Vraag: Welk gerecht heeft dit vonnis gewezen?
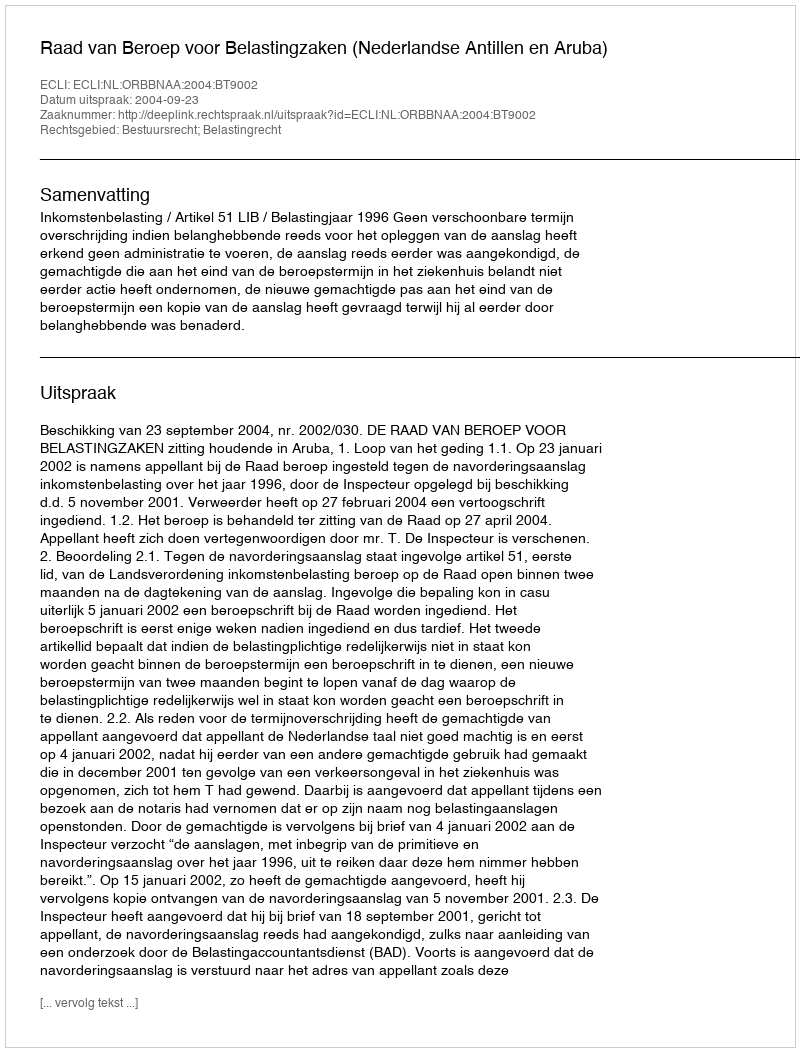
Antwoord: Raad van Beroep voor Belastingzaken (Nederlandse Antillen en Aruba)